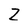
Character: Z